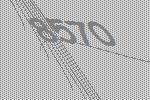
8570